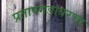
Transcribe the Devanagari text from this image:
प्रतापगडावरचा